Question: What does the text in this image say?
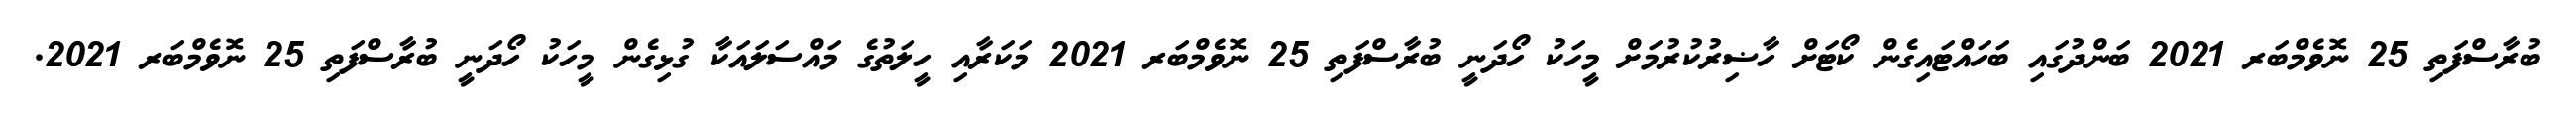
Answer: ބުރާސްފަތި 25 ނޮވެމްބަރ 2021 ބަންދުގައި ބަހައްޓައިގެން ކޯޓަށް ހާޟިރުކުރުމަށް މީހަކު ހޯދަނީ ބުރާސްފަތި 25 ނޮވެމްބަރ 2021 މަކަރާއި ހީލަތުގެ މައްސަލައަކާ ގުޅިގެން މީހަކު ހޯދަނީ ބުރާސްފަތި 25 ނޮވެމްބަރ 2021.